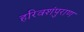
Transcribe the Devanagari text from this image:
हरिवशंपुराण